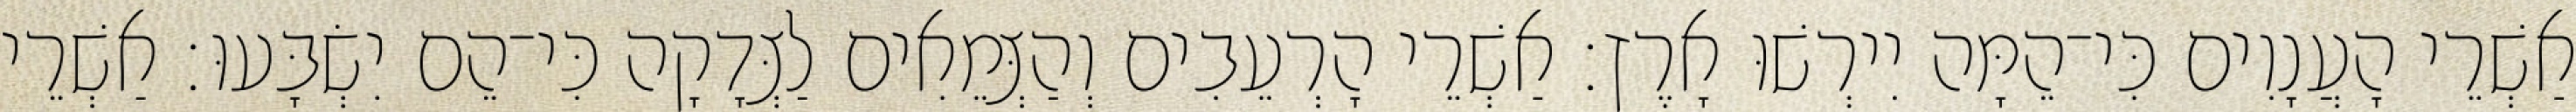
אַשְׁרֵי הָעֲנָוִים כִּי־הֵמָּה יִירְשׁוּ אָרֶץ׃ אַשְׁרֵי הָרְעֵבִים וְהַצְּמֵאִים לַצְּדָקָה כִּי־הֵם יִשְׂבָּעוּ׃ אַשְׁרֵי